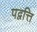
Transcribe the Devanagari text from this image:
पद्वत्ति